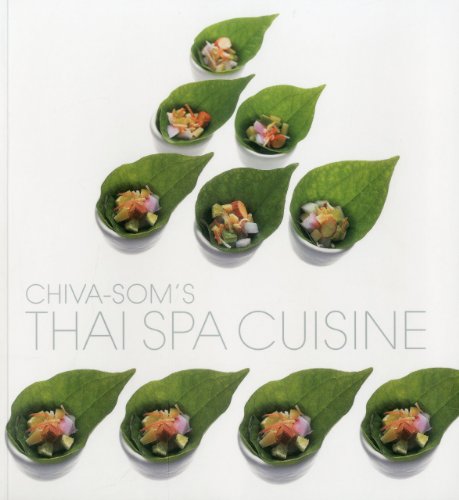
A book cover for Thai Spa Cuisine by Chiva Som; Parisarn Cheew Insiriwat; Cookbooks, Food & Wine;